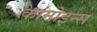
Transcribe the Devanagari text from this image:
कामोइन्स